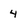
Character: 4